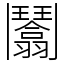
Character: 𩰙